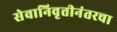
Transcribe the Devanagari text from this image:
सेवानिवृत्तीनंतरचा